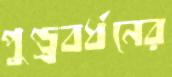
পুণ্ড্রবর্ধনের